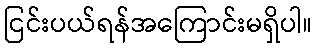
ငြင်းပယ်ရန်အကြောင်းမရှိပါ။